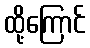
ထို့ကြောင်